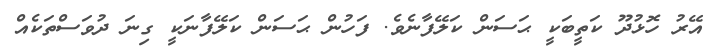
އޭރު ހޮޅުދޫ ކަތީބަކީ ޙަސަން ކަލޭފާނެވެ. ފަހުން ޙަސަން ކަލޭފާނަކީ ގިނަ ދުވަސްތަކެއް